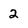
Character: 2